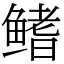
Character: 鳍